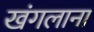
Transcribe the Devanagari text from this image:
खंगलाना